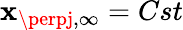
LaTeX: \mathbf{x}_{\perpj,\infty}=Cst